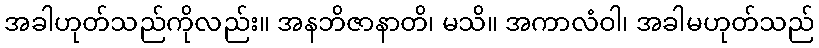
အခါဟုတ်သည်ကိုလည်း။ အနဘိဇာနာတိ၊ မသိ။ အကာလံဝါ၊ အခါမဟုတ်သည်